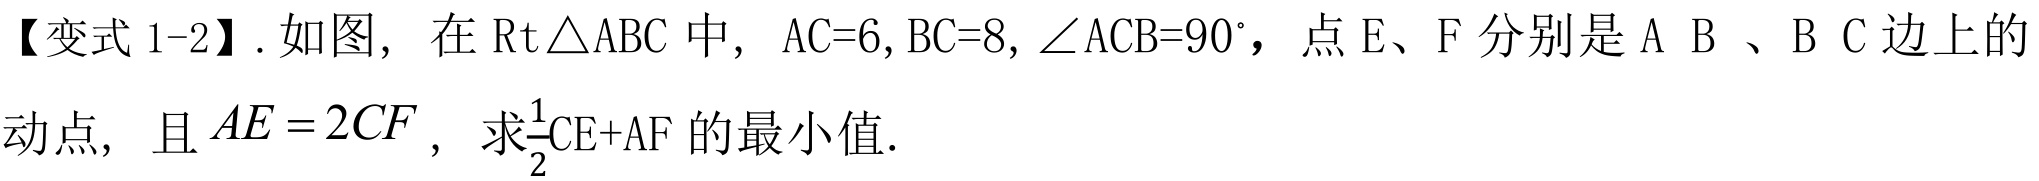
【变式1-2】. 如图，在\(\text{Rt}\triangle ABC\)中，\(AC = 6\)，\(BC = 8\)，\(\angle ACB = 90^{\circ}\)，点\(E\)、\(F\)分别是\(AB\)、\(BC\)边上的动点，且\(AE = 2CF\)，求\(\frac{1}{2}CE + AF\)的最小值.